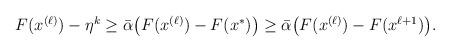
LaTeX: \begin{align*}\begin{aligned}F(x^{(\ell)}) - \eta^k &\ge \bar{\alpha}\big( F(x^{(\ell)}) - F(x^*)\big) \ge \bar{\alpha}\big( F(x^{(\ell)}) - F(x^{\ell +1})\big).\end{aligned}\end{align*}